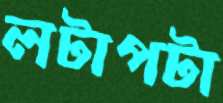
লটাপটা